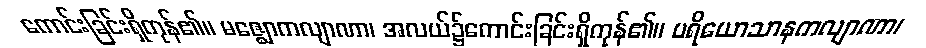
ကောင်းခြင်းရှိကုန်၏။ မဇ္ဈောကလျာဏာ၊ အလယ်၌ကောင်းခြင်းရှိကုန်၏။ ပရိယောသာနကလျာဏာ၊